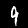
Label: 9